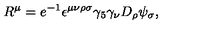
R ^ { \mu } = e ^ { - 1 } \epsilon ^ { \mu \nu \rho \sigma } \gamma _ { 5 } \gamma _ { \nu } D _ { \rho } \psi _ { \sigma } ,